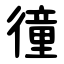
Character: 徸